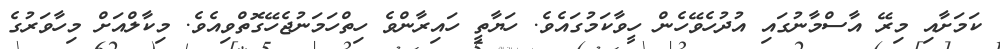
ކަމަށާއި މިރޭ އާސްމާނުގައި އުދުހެވޭހެން ހީވާކަމުގައެވެ. ހަޔާތީ ހައިރާންވެ ހިތްހަމަނުޖެހޭގޮތްވިއެވެ. މިކާލްއަށް މިހާވަރުގެ